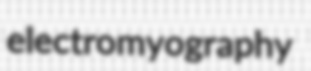
electromyography